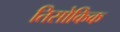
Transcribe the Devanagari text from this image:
तिसोकिक